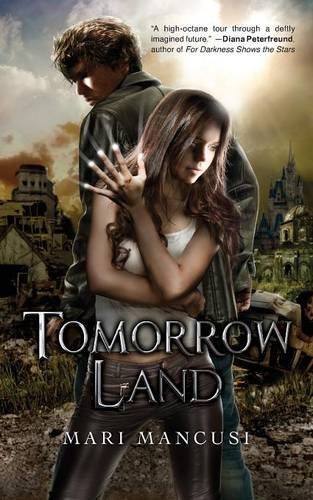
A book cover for Tomorrow Land (Apocalypse Later) (Volume 1); Mari Mancusi; Science Fiction & Fantasy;